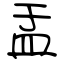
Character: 盂